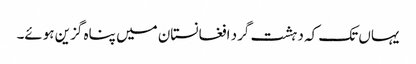
یہاں تک کہ دہشت گرد افغانستان میں پناہ گزین ہوئے۔